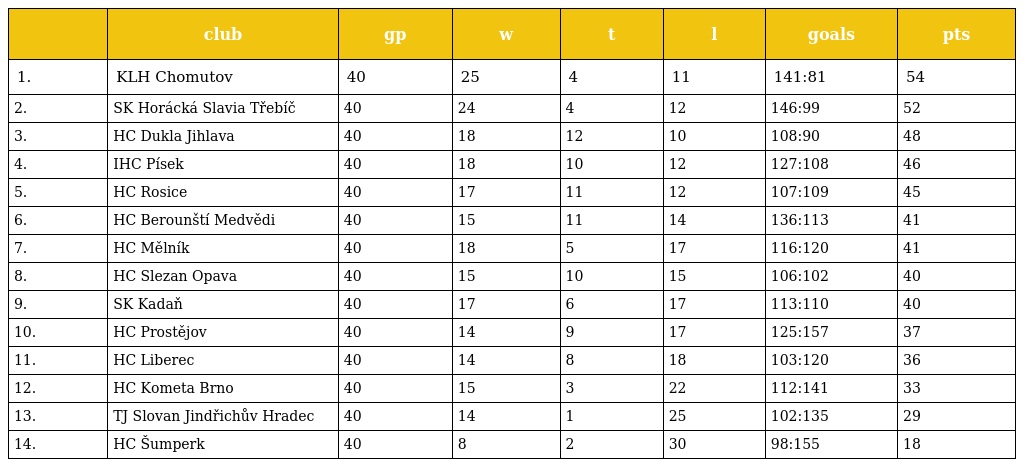
|  | club | gp | w | t | l | goals | pts |
 | --- | --- | --- | --- | --- | --- | --- | --- |
 | 1. | KLH Chomutov | 40 | 25 | 4 | 11 | 141:81 | 54 |
 | 2. | SK Horácká Slavia Třebíč | 40 | 24 | 4 | 12 | 146:99 | 52 |
 | 3. | HC Dukla Jihlava | 40 | 18 | 12 | 10 | 108:90 | 48 |
 | 4. | IHC Písek | 40 | 18 | 10 | 12 | 127:108 | 46 |
 | 5. | HC Rosice | 40 | 17 | 11 | 12 | 107:109 | 45 |
 | 6. | HC Berounští Medvědi | 40 | 15 | 11 | 14 | 136:113 | 41 |
 | 7. | HC Mělník | 40 | 18 | 5 | 17 | 116:120 | 41 |
 | 8. | HC Slezan Opava | 40 | 15 | 10 | 15 | 106:102 | 40 |
 | 9. | SK Kadaň | 40 | 17 | 6 | 17 | 113:110 | 40 |
 | 10. | HC Prostějov | 40 | 14 | 9 | 17 | 125:157 | 37 |
 | 11. | HC Liberec | 40 | 14 | 8 | 18 | 103:120 | 36 |
 | 12. | HC Kometa Brno | 40 | 15 | 3 | 22 | 112:141 | 33 |
 | 13. | TJ Slovan Jindřichův Hradec | 40 | 14 | 1 | 25 | 102:135 | 29 |
 | 14. | HC Šumperk | 40 | 8 | 2 | 30 | 98:155 | 18 |